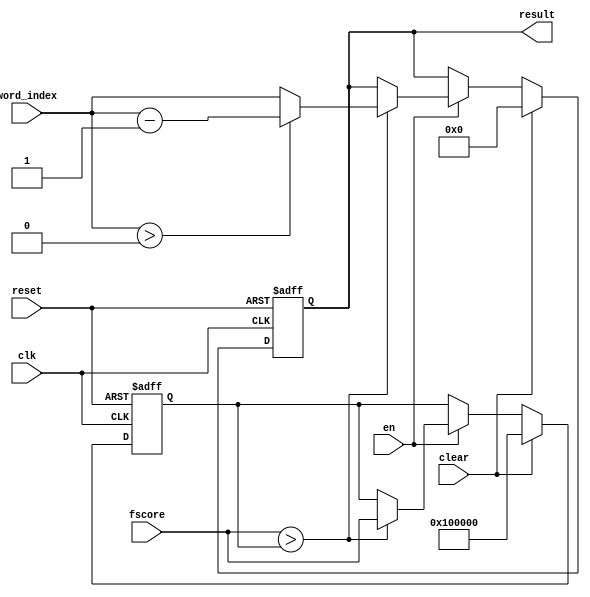
module regf(result,fscore,word_index,en,clear,clk,reset);

output [5:0]result;

input [20:0]fscore;
input [5:0]word_index;
input en,clear;
input clk,reset;

reg [5:0]result;
reg [20:0]data_reg;

always@(posedge clk or negedge reset)
begin
	if(reset==0)
	begin
		data_reg<=21'b100000;
		result<=0;
	end
	else
	begin
		if(clear==1)
		begin
			/*----reset all the parameters when clear=1---*/
			data_reg<=21'h100000;
			result<=0;
		end
		else
		begin
/*---replace the old word index when the new global cost is higher than the old global cost---*/
			if(en==1)
			begin
			// them (ngay 20/12/2011) dung so sanh cho so am
			 // if (data_reg==21'h100000)
			 //       data_reg<=fscore;
			//else
			// ############################		 
				if(fscore>data_reg)
				begin
					data_reg<=fscore;
					if (word_index>0)
					  result<=word_index-1;
					else
					result<=word_index;
				end
			end
		end
	end
end
endmodule